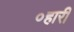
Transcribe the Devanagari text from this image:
०हारी